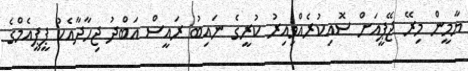
ޔާމީން މިރޭ ޖޭޕީއަށް ސޮއިކުރެއްވިއިރު ކުރީގެ ނައިބު ރައީސް އަބްދު ޖިހާދާއެކު ޕީޕީއެމްގެ